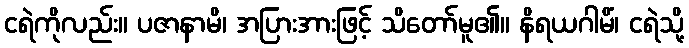
ငရဲကိုလည်း။ ပဇာနာမိ၊ အပြားအားဖြင့် သိတော်မူ၏။ နိရယဂါမိံ၊ ငရဲသို့